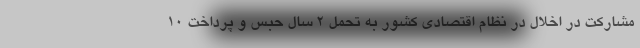
مشارکت در اخلال در نظام اقتصادی کشور به تحمل ٢ سال حبس و پرداخت ۱۰